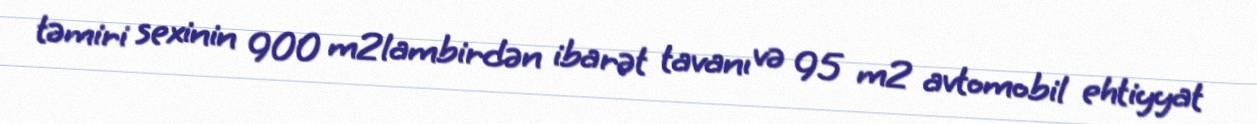
təmiri sexinin 900 m2lambirdən ibarət tavanı və 95 m2 avtomobil ehtiyyat